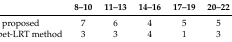
<table><thead><tr><td></td><td><b>8–10</b></td><td><b>11–13</b></td><td><b>14–16</b></td><td><b>17–19</b></td><td><b>20–22</b></td></tr></thead><tbody><tr><td>proposed</td><td>7</td><td>6</td><td>4</td><td>5</td><td>5</td></tr><tr><td>Snippet-LRT method</td><td>3</td><td>3</td><td>4</td><td>1</td><td>3</td></tr></tbody></table>